Report on vaccination in Madras 1904-1921 - 1904-1921
Year: 1904
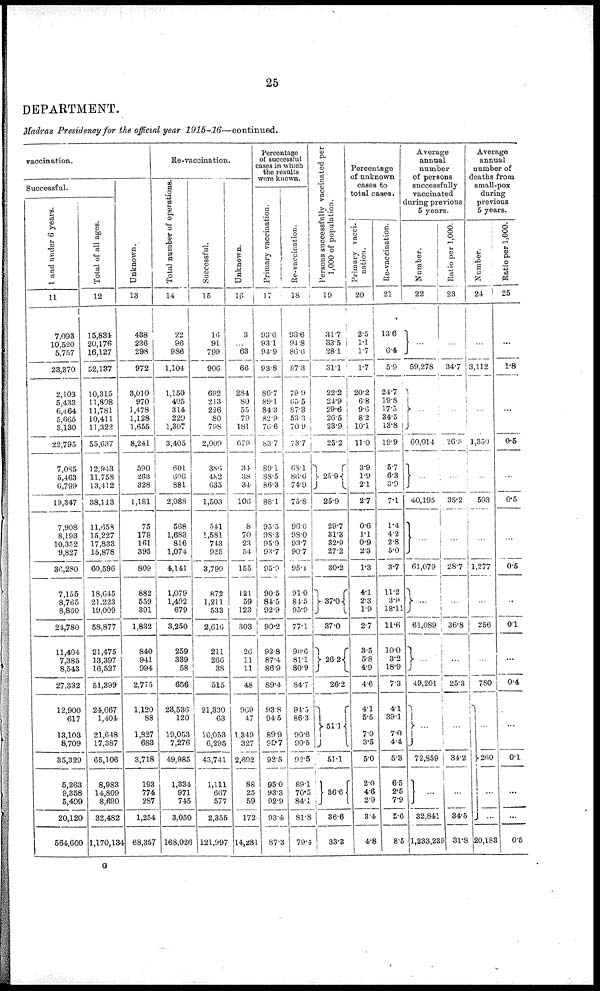
25
DEPARTMENT.
Madras Presidency for the official year
1915-16—continued.
vaccination.
Successful.
1 and under 6 years.
11
7,093
10,520
5,757
23,370
2,103
5,433
6,464
5,665
3,130
22,795
7,085
5,463
6,799
19,347
7,908
8,193
10,352
9,827
36,280
7,155
8,765
8,860
24,780
11,404
7,385
8,543
27,332
12,900
617
13,103
8,709
35,329
5,263
9,358
5,499
20,120
564,600
Total of all ages.
12
15,834
20,176
16,127
52,137
10,315
11,808
11,781
10,411
11,322
55,637
12,943
11,758
13,412
38,113
11,658
15,227
17,833
15,878
60,596
18,645
21,223
19,009
58,877
21,475
13,397
16,527
51,399
24,667
1,404
21,648
17,387
65,106
8,983
14,809
8,690
32,482
1,170,134
Unknown.
13
438
236
298
972
3,010
970
1,478
1,128
1,655
8,241
590
263
328
1,181
75
178
161
395
809
882
559
391
1,832
840
941
994
2,775
1,120
88
1,827
683
3,718
193
774
287
1,254
68,357
Re-vaccination.
Total number of operations.
14
22
96
986
1,104
1,150
405
314
229
1,307
3,405
601
606
881
2,088
568
1,683
816
1,074
4,141
1,079
1,492
679
3,250
259
339
58
656
23,536
120
19,053
7,276
49,985
1,334
971
745
3,050
168,026
Successful.
15
16
91
799
906
692
213
226
80
798
2,009
386
482
635
1,503
541
1,581
743
925
3,790
872
1,211
533
2,616
211
266
38
515
21,330
63
16,053
6,295
43,741
1,111
667
577
2,355
121,997
Unknown.
16
3
...
63
66
284
80
55
79
181
679
34
38
34
106
8
70
23
54
155
121
59
123
303
26
11
11
48
969
47
1,349
327
2,692
88
25
59
172
14,281
Percentage
of successful
cases in which
the results
were known.
Primary vaccination.
17
93.6
93.1
94.9
93.8
86.7
89.1
84.3
82.9
76.6
83.7
89.1
88.5
86.3
88.1
95.5
98.3
95.9
93.7
95.9
90.5
84.5
92.9
90.2
92.8
87.4
86.9
89.4
93.8
94.5
89.9
93.7
92.5
95.0
93.3
92.9
93.4
87.3
Re-vaccination.
18
93.6
94.8
86.6
87.3
79.9
65.5
87.3
53.3
70.9
73.7
68.1
86.6
74.9
75.8
96.6
98.0
93.7
90.7
95.1
91.0
84.5
95.9
77.1
90.6
81.1
80.9
84.7
94.5
86.3
90.6
90.5
92.5
89.1
70.5
84.1
81.8
79.4
Persons successfully vaccinated per
1,000 of population.
19
31.7
33.5
28.1
31.1
22.2
24.9
29.6
26.5
23.9
25.2
25.9
25.9
29.7
31.3
32.9
27.2
30.2
37.0
37.0
26.2
26.2
51.1
51.1
36.6
36.6
33.3
Percentage
of unknown
cases to
total cases.
Primary vacci-
nation.
20
2.5
1.1
1.7
1.7
20.2
6.8
9.6
8.2
10.1
11.0
3.9
1.9
2.1
2.7
0.6
1.1
0.9
2.3
1.3
4.1
2.3
1.9
2.7
3.5
5.8
4.9
4.6
4.1
5.5
7.0
3.5
5.0
2.0
4.6
2.9
3.4
4.8
Re-vaccination.
21
13.6
6.4
5.9
24.7
19.8
17.5
34.5
13.8
19.9
5.7
6.3
3.9
7.1
1.4
4.2
2.8
5.0
3.7
11.2
3.9
18.11
11.6
10.0
3.2
18.9
7.3
4.1
39.1
7.0
4.4
5.3
6.5
2.5
7.9
5.6
8.5
Average
annual
number
of persons
successfully
vaccinated
during previous
5 years.
Number.
22
...
59,278
...
60,014
...
40,195
...
61,079
...
61,089
...
49,201
...
72,859
...
32,841
1,233,239
Ratio per 1,000.
23
...
34.7
...
26.3
...
35.2
...
28.7
...
36.8
...
...
...
25.3
...
34.2
...
34.5
31.8
Average
annual
number of
deaths from
small-pox
during
previous
5 years.
Number.
24
...
3,112
...
1,350
...
593
...
1,277
...
256
...
...
...
780
...
260
...
...
20,183
Ratio per 1,000.
25
...
1.8
...
0.5
...
0.5
...
0.5
..
0.1
...
...
...
0.4
...
0.1
...
...
0.5
G